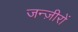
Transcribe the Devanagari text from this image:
जन्ज़ीरों